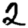
Digit: 2